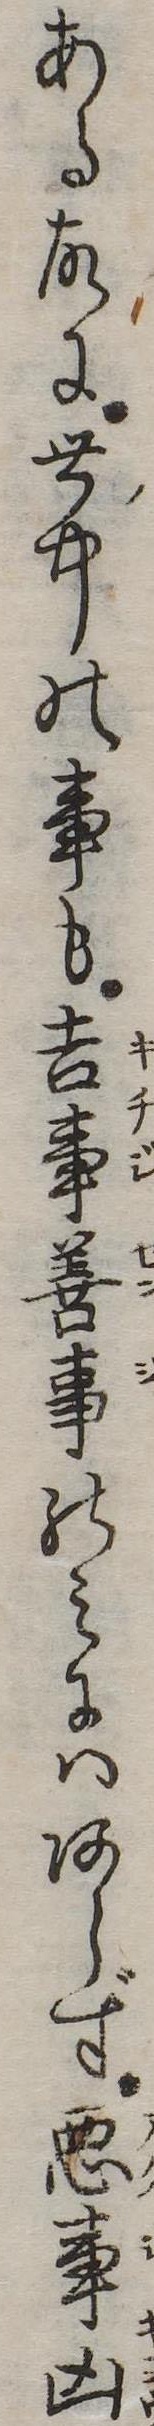
ある故に世中の事も吉事善事のみにはあらず悪事凶